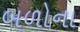
બળોના